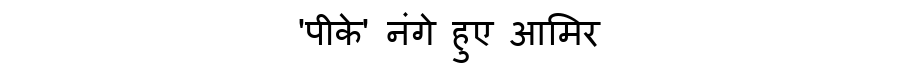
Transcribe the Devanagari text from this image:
'पीके' नंगे हुए आमिर